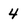
Character: 4